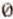
0